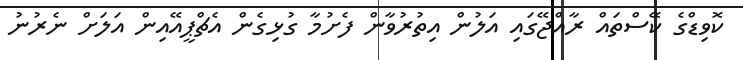
ކޮވިޑްގެ ކޭސްތައް ރާއްޖޭގައި އަލުން އިތުރުވާން ފެށުމާ ގުޅިގެން އެޗްޕީއޭއިން އަލަށް ނެރުނު